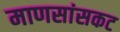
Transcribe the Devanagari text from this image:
माणसांसकट